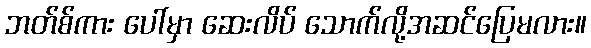
ဘတ်စ်ကား ပေါ်မှာ ဆေးလိပ် သောက်လို့အဆင်ပြေမလား။